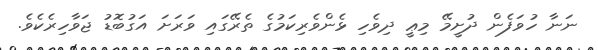
ނަނާ ހުވަފެން ދުށީމޭ މިޢީ ދިވެހި ޅެންވެރިކަމުގެ ތެރޭގައި ވަރަށަ އަގުބޮޑު ޖަވާހިރެކެވެ.